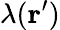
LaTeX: \lambda(\mathbf{r}^{\prime})